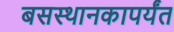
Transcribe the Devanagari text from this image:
बसस्थानकापर्यंत